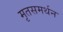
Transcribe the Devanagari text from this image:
मृतसमर्थन